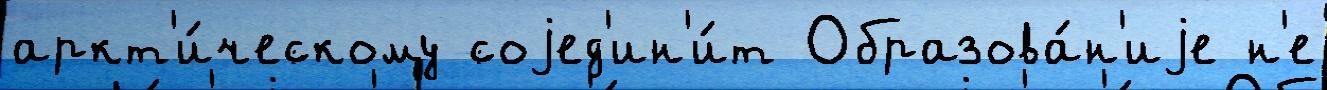
аркт'и́ческому соjед'ин'и́т Образова́н'иjе н'е